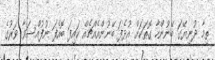
ތިމާ ދުނިޔޭގަ ބޭނުންހާ ގޮތަކަށް އުޅެފަ ބޭނުންއެއްޗެއް ކައިފަ ބޮއެފަ ނުފުއްސަވާ ވަރުގެ